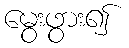
မွေးဖွား၍